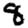
Digit: 8